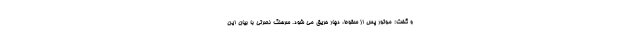
و گفت: موتور پس از سقوط، دچار حریق می شود. سرهنگ نصرتی با بیان این